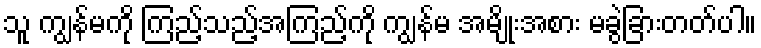
သူ ကျွန်မကို ကြည့်သည့်အကြည့်ကို ကျွန်မ အမျိုးအစား မခွဲခြားတတ်ပါ။